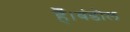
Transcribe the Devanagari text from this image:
हैँ।बंडोल